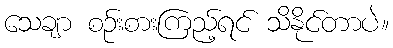
သေချာ စဉ်းစားကြည့်ရင် သိနိုင်တာပဲ။